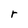
Character: r